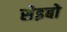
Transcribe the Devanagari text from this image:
सेइबो